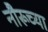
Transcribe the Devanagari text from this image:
नौरूच्या